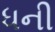
ધની